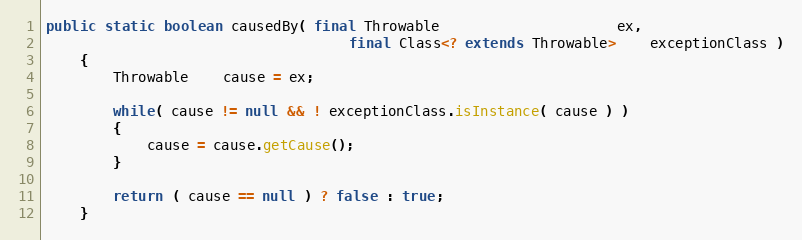
Language: Java
public static boolean causedBy( final Throwable                     ex,
                                    final Class<? extends Throwable>    exceptionClass )
    {
        Throwable    cause = ex;

        while( cause != null && ! exceptionClass.isInstance( cause ) )
        {
            cause = cause.getCause();
        }

        return ( cause == null ) ? false : true;
    }